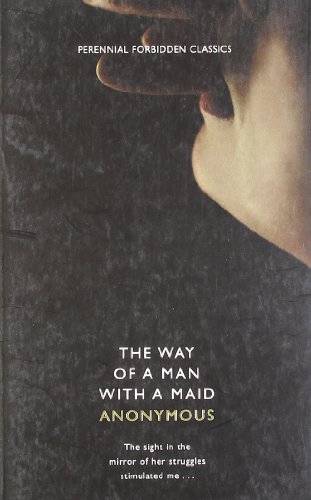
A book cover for The Way of a Man with a Maid (Harper Perennial Forbidden Classics); Anonymous; Romance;